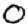
Digit: 0